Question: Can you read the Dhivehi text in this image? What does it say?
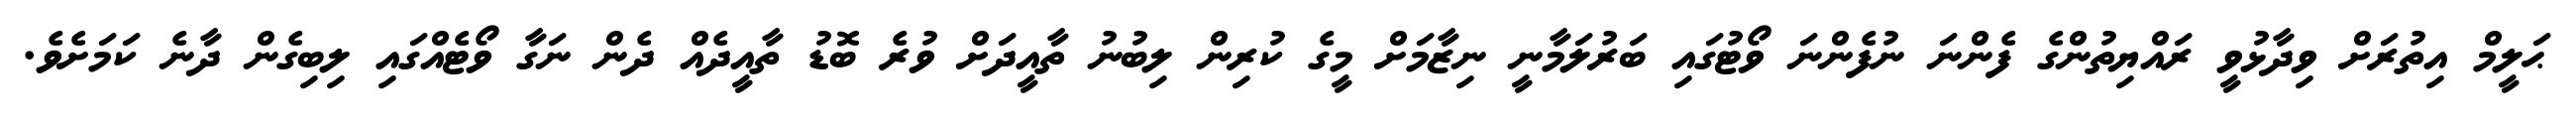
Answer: ޙަލީމް އިތުރަށް ވިދާޅުވީ ރައްޔިތުންގެ ފެންނަ ނުފެންނަ ވޯޓުގައި ބަރުލަމާނީ ނިޒާމަށް މީގެ ކުރިން ލިބުނު ތާއީދަށް ވުރެ ބޮޑު ތާއީދެއް ދެން ނަގާ ވޯޓެއްގައި ލިބިގެން ދާނެ ކަމަށެވެ.